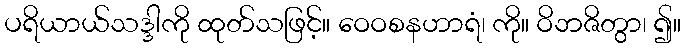
ပရိယာယ်သဒ္ဒါကို ထုတ်သဖြင့်။ ဝေဝစနဟာရံ၊ ကို။ ဝိဘဇိတွာ၊ ၍။